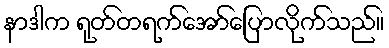
နာဒါက ရုတ်တရက်အော်ပြောလိုက်သည်။